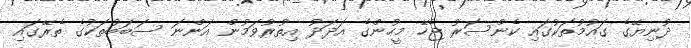
ދުނިޔޭގެ ގައުމުތަކުގައި ކެންސަރު ޖެހޭ މީހުންގެ އަދަދު އިތުރުވަމުން އަންނަ ސަބަބުތަކުގެ ތެރޭގައި